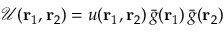
\mathcal { U } ( { \mathbf { r } _ { 1 } } , { \mathbf { r } _ { 2 } } ) = u ( { \mathbf { r } _ { 1 } } , { \mathbf { r } _ { 2 } } ) \, \bar { g } ( { \mathbf { r } _ { 1 } } ) \, \bar { g } ( { \mathbf { r } _ { 2 } } )